Report on certain features of malaria in the island of Salsette
Disease focus: Malaria
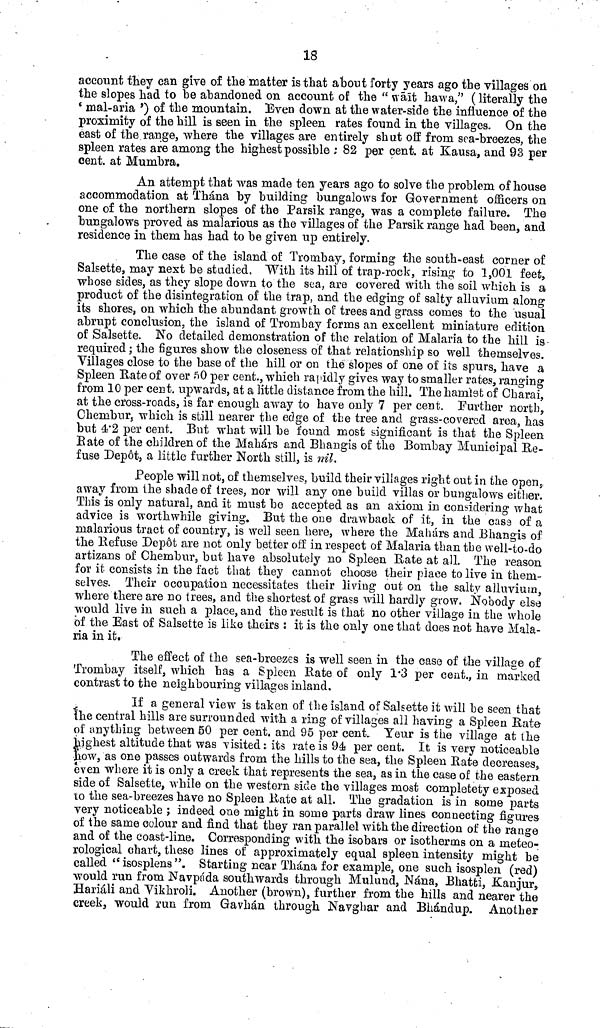
18
account they can give of the matter is that about forty years ago the villages on.
the slopes had to he abandoned on account of the " wait hawa," ( literally the
' mal-aria ') of the mountain. Even down at the water-side the influence of the
proximity of the hill is seen in the spleen rates found in the villages. On the
east of the range, where the villages are entirely shut off from sea-hreezes, the
spleen rates are among the highest possible ; 82 per cent, at Kausa, and 93 per
cent, at Mumbra.
An attempt that was made ten years ago to solve the problem of house
accommodation at Thána by building bungalows for Government officers on
one of the northern slopes of the Parsik range, was a complete failure. The
bungalows proved as malarious as the villages of the Parsik range had been, and
residence in them has had to be given up entirely.
The case of the island of Trombay, forming the south-east corner of
Salsette, may next be studied, With its hill of trap-rock, rising to 1,001 feet,
wbose sides, as they slope down to the sea, are covered with the soil which is a
product of the disintegration of the trap, and the edging of salty alluvium along
its shores, on which the abundant growth of trees and grass conies to the usual
abrupt conclusion, the island of Trombay forms an excellent miniature edition
of Salsette. No detailed demonstration of the relation of Malaria to the hill is •
required ; the figures show the closeness of that relationship so well themselves.
Villages close to the base of the hill or on the slopes of one of its spurs, have a
Spleen Rate of over 50 per cent., which rapidly gives way to smaller rates, ranging
from 10 per cent, upwards, at a little distance from the hill. The hamlst of Oharai,
at the cross-roads, is far enough away to have only 7 per cent. Further north.,
Chembur, which is still nearer the edge of the tree and grass-covered area, has
but 4r2 per cent. But what will be found most significant is that the Spleen
Rate of the children of the Mahárs and Bhangis of the Bombay Municipal Re-
fuse Depot, a little further North still, is nil.
People will not, of themselves, build their villages right out in the open,
away from, the shade of trees, nor will any one build villas or bungalows either.
This is only natural, and it must be accepted as an axiom in considering what
advice is worthwhile giving. But the one drawback of it, in the casa of a
malarious tract of country, is well seen here, where the Mahárs and Bhangis of
the Refuse Depot are not only better off in respect of Malaria than the well-to-do
artizans of Chembur, but have absolutely no Spleen Rate at all. The reason
for it consists in the fact that they cannot choose their place to live in them-
selves. Their occupation necessitates their living out on the salty alluvium,
where there are no trees, and the shortest of grass will hardly grow. Nobody else
would live in such a place, and the result is that no other village in the whole
of the East of Salsette is like theirs : it is the only one that does not have Mala-
ria in it.
The effect of the sea-breezes is well seen in the case of the village of
Trombay itself, which has a Spleen Rate of only 1.3 per cent., in marked
contrast to the neighbouring villages inland.
If a general view is taken of the island of Salsette it will be seen that
the central hills are surrounded with a ring of villages all having a Spleen Rate
of anything between 60 per cent, and 95 per cent. Yeur is the village at the
highest altitude that was visited : its rate is 94 per cent. It is very noticeable
LOW, as one passes outwards from the hills to the sea, the Spleen Rate decreases s
even where it is only a creek that represents the sea, as in the case of the eastern
side of Salsette, while on the western side the villages most completety exposed
10 the sea-breezes have no Spleen Rate at all. The gradation is in some parts
very noticeable ; indeed one might in some parts draw lines connecting figures
of the same colour and find that they ran parallel with the direction of the range
and of the coast-line. Corresponding with the isobars or isotherms on a meteo-
rological chart, these lines of approximately equal spleen intensity might be
called " isosplens ". Starting near Thána for example, one such isosplen (red)
would run from Navpada southwards through Mulund, Nána, Bhatti, Kanjur,
Hariáli and Vikhroli. Another (brown), further from the hills and nearer the
creek, would run from Gavhán through Navghar and Bhandup. Another